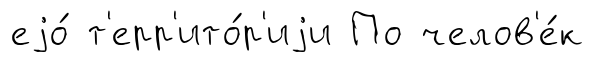
еjо́ т'ерр'ито́р'иjи По челов'е́к